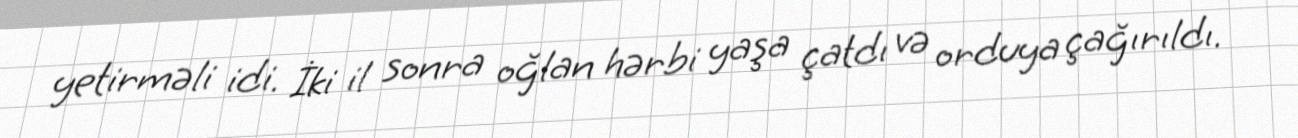
yetirməli idi. İki il sonra oğlan hərbi yaşa çatdı və orduya çağırıldı.